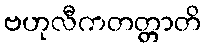
ဗဟုလီကတတ္တာတိ